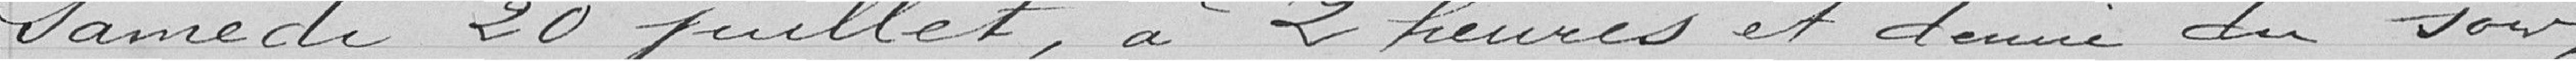
samedi 20 juillet, à 2 heures et demi du soir,